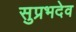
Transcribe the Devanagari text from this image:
सुप्रभदेव